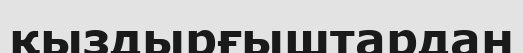
қыздырғыштардан